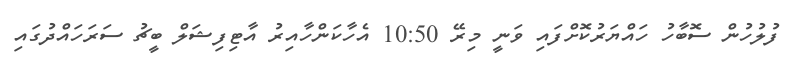
ފުލުހުން ސޮބާހު ހައްޔަރުކޮށްފައި ވަނީ މިރޭ 10:50 އެހާކަންހާއިރު އާޓިފިޝަލް ބީޗު ސަރަހައްދުގައި